Vaccination in Bombay 1924-1928 - 1924-1928
Year: 1924
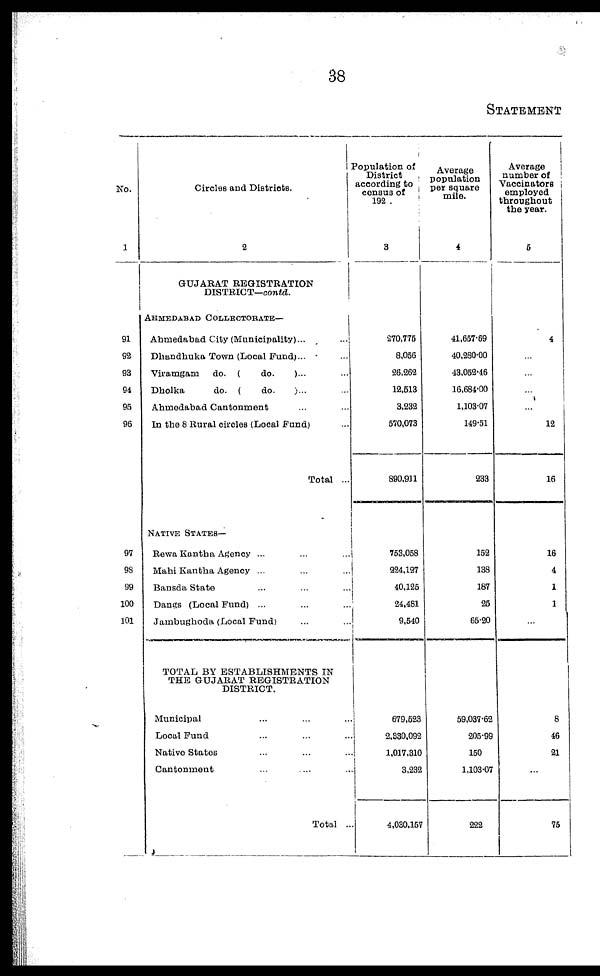
38
STATEMENT
No.
1
91
92
93
94
95
96
97
98
99
100
101
Circles and Districts.
2
GUJARAT REGISTRATION
DISTRICT—contd.
AHMEDABAD COLLECTORATE—
Ahmedabad City (Municipality)...
...
Dhandhuka Town (Local Fund)... ...
Viramgam
do. (
do.
)... ...
Dbolka
do. (
do.
)... ...
Ahmedabad Cantonment ... ...
In the 8 Rural circles (Local Fund) ...
Total ...
NATIVE STATES—
Rewa Kantha Agency ... ... ...
Mahi Kantha Agency ... ... ...
Bansda State ... ... ...
Dangs (Local Fund) ... ... ...
Jambughoda (Local Fund)... ...
TOTAL BY ESTABLISHMENTS IN
THE GUJARAT REGISTRATION
DISTRICT.
Municipal ... ... ...
Local Fund ... ... ...
Native States ... ... ...
Cantonment ... ... ...
Total ...
Population of
District
according to
census of
192 .
3
270,775
8,056
26,262
12,513
3,232
570,073
890,911
753,058
224,127
40,125
24,481
9,540
679,523
2,330,092
1,017,310
3,232
4,030,157
Average
population
per square
mile.
4
41,657.69
40,280.00
43,052.46
16,684.00
1,103.07
149.51
233
152
138
187
25
65.20
59,037.62
205.99
150
1,103.07
222
Average 1
number of
Vaccinators
employed
throughout
the year.
5
4
...
...
...
...
12
16
16
4
1
1
...
8
46
21
...
75